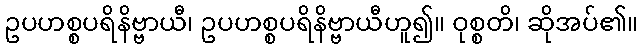
ဥပဟစ္စပရိနိဗ္ဗာယီ၊ ဥပဟစ္စပရိနိဗ္ဗာယီဟူ၍။ ဝုစ္စတိ၊ ဆိုအပ်၏။